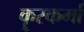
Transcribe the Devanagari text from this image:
कॄरकर्मा